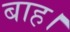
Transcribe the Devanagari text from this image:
बाह।